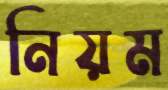
নিয়ম